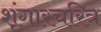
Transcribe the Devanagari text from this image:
शृंगारचरित्र